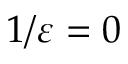
1 / \varepsilon = 0